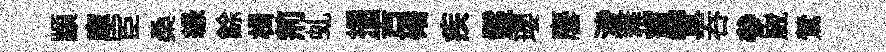
顓庫宦桑縁餘楫荊虬插吉磻疾鬣瓔麐淩稚憲萱呑參崴鶯